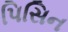
પિસિન